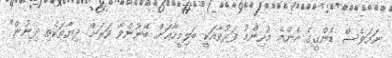
ނަމަވެސް ޑެންގީގެ އެންމެ މުހިންމު ފަރުވާއަކީ ބަލިމީހާއަށް ބޭނުންވާ ވަރަށް ދިޔާތަކެތި ދިނުން"